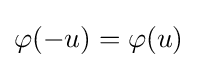
\varphi (-u)=\varphi (u)